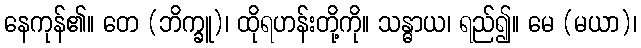
နေကုန်၏။ တေ (ဘိက္ခူ)၊ ထိုရဟန်းတို့ကို။ သန္ဓာယ၊ ရည်၍။ မေ (မယာ)၊